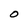
Character: 0